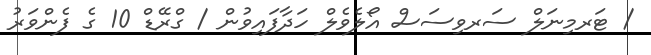
/ ޓަރމިނަލް ސަރވިސަސް އޯލެވެލް ހަދާފައިވުން / ގްރޭޑް 10 ގެ ފެންވަރު